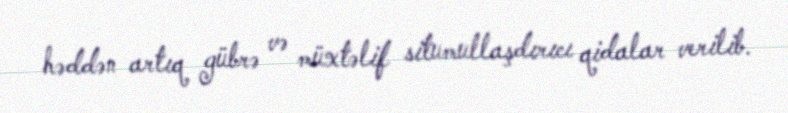
həddən artıq gübrə və müxtəlif situmullaşdırıcı qidalar verilib.